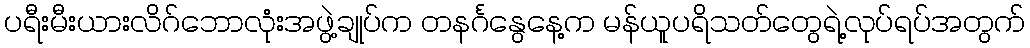
ပရီးမီးယားလိဂ်ဘောလုံးအဖွဲ့ချုပ်က တနင်္ဂနွေနေ့က မန်ယူပရိသတ်တွေရဲ့လုပ်ရပ်အတွက်